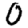
Digit: 0